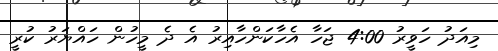
މިއަދު ހަވީރު 4:00 ޖަހާ އެހާކަންހާއިރު އެ ދެ މީހުން ހައްޔަރު ކުރީ